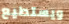
ويستطيع